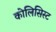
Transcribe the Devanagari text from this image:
कोलिसिस्ट